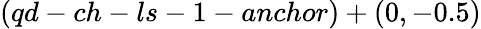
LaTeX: (qd-ch-ls-1-anchor)+(0,-0.5)